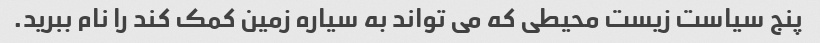
پنج سیاست زیست محیطی که می تواند به سیاره زمین کمک کند را نام ببرید.